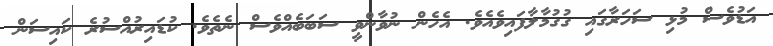
އަޑުވެސް މުޅި ސަހަރާގައި ގުގުމާލާފައިވެއެވެ. އެހެން ނުވާންވީ ސަބަބެއްވެސް ނެތެވެ. ކުޑައިރުއްސުރެ ކައިސަން